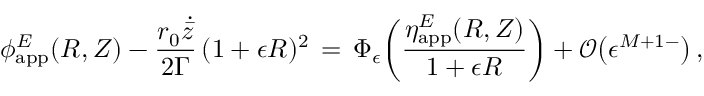
\phi _ { \mathrm { a p p } } ^ { E } ( R , Z ) - \frac { r _ { 0 } \dot { \bar { z } } } { 2 \Gamma } \, ( 1 + \epsilon R ) ^ { 2 } \, = \, \Phi _ { \epsilon } \biggl ( \frac { \eta _ { \mathrm { a p p } } ^ { E } ( R , Z ) } { 1 + \epsilon R } \biggr ) + \mathcal { O } \bigl ( \epsilon ^ { M + 1 - } \bigr ) \, ,